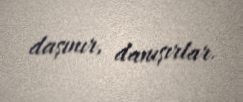
daşınır, danışırlar.